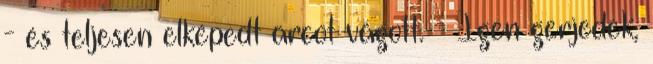
- és teljesen elképedt arcot vágott. - Igen gerjedek,